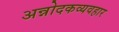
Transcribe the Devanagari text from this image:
अन्नोदकव्यवहार